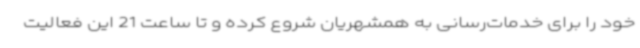
خود را برای خدمات‌رسانی به همشهریان شروع کرده و تا ساعت 21 این فعالیت